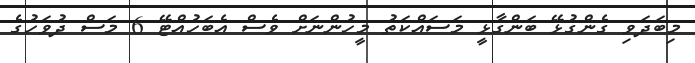
މިބަދަވި ގެންގުޅޭ ބަންގާޅީ މަސައްކަތު މީހުންނަށް ވެސް އެބަހުއްޓޭ 6 މަސް ދުވަހުގެ